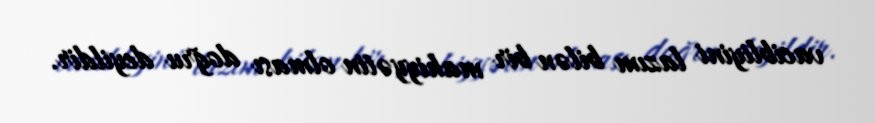
vacibliyini lazım bilən bir mahiyyətin olması doğru deyildir.